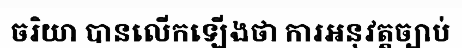
ចរិយា បានលើកឡើងថា ការអនុវត្តច្បាប់